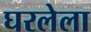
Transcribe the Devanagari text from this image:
घरलेला